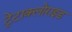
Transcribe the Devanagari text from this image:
ट्रेटाक्लोराइड